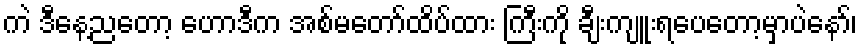
ကဲ ဒီနေ့ညတော့ ဟောဒီက အစ်မတော်ထိပ်ထား ကြီးကို ချီးကျူးရပေတော့မှာပဲနော်၊